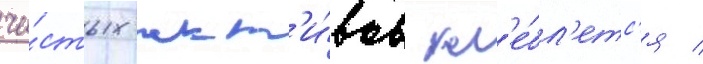
чи́стых акт'и́вов кол'е́бл'етс'я /